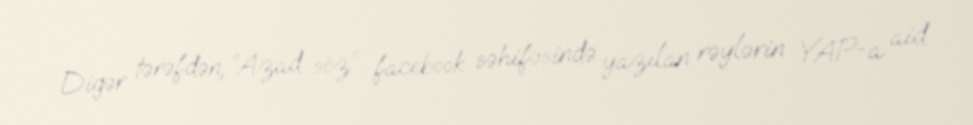
Digər tərəfdən, “Azad söz” facebook səhifəsində yazılan rəylərin YAP-a aid